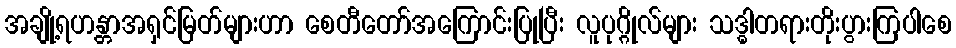
အချို့ရဟန္တာအရှင်မြတ်များဟာ စေတီတော်အကြောင်းပြုပြီး လူပုဂ္ဂိုလ်များ သဒ္ဓါတရားတိုးပွားကြပါစေ